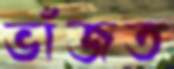
ভাঁজত